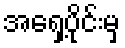
အရှေ့ပိုင်းမှ